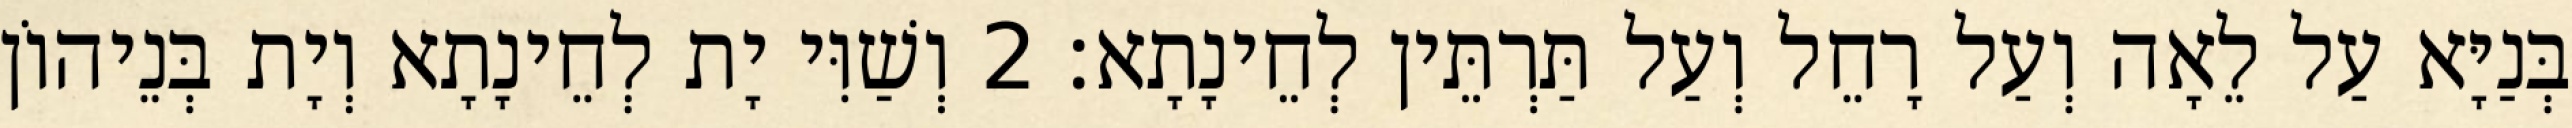
בְּנַיָּא עַל לֵאָה וְעַל רָחֵל וְעַל תַּרְתֵּין לְחֵינָתָא׃ 2 וְשַׁוִּי יָת לְחֵינָתָא וְיָת בְּנֵיהוֹן